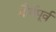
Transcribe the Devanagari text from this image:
मौर्यपूर्व